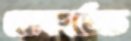
রেকর্ডেড